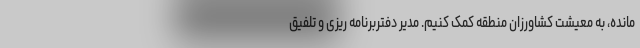
مانده، به معیشت کشاورزان منطقه کمک کنیم. مدیر دفتربرنامه ریزی و تلفیق